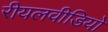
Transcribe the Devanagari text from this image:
रीयलवीडियो